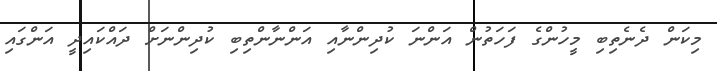
މިކަން ދެނެތިބި މީހުންގެ ފަހަތުން އަންނަ ކުދިންނާއި އަންނާންތިބި ކުދިންނަށް ދައްކައިދީ އަންގައި